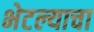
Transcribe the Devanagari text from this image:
भेटल्याचा